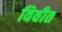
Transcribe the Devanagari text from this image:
विवीत